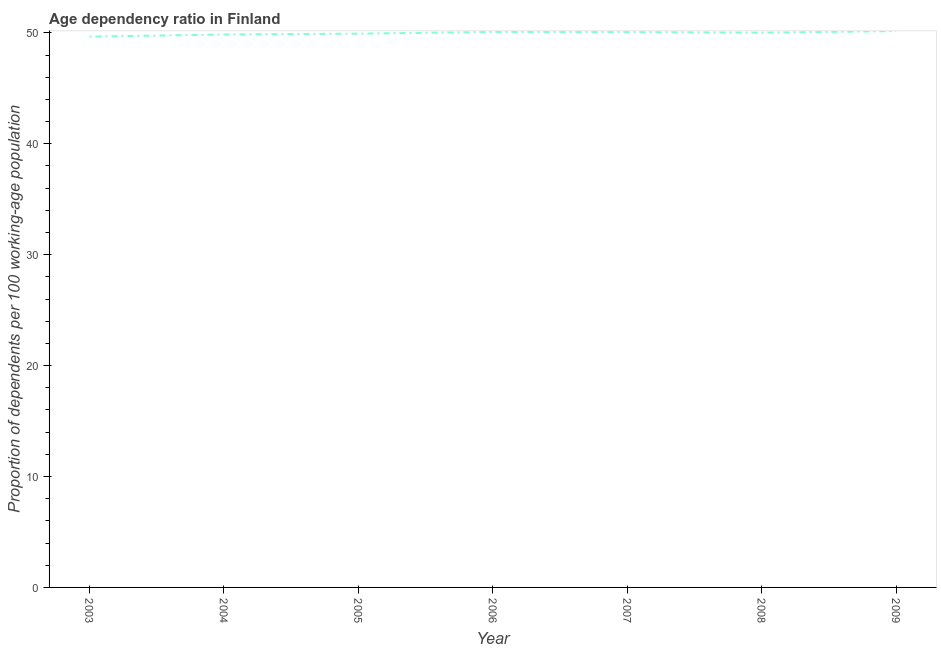
| Year | Age dependency ratio (% of working-age population) |
 | --- | --- |
 | 2003 | 49.7 |
 | 2004 | 49.9 |
 | 2005 | 49.9 |
 | 2006 | 50.1 |
 | 2007 | 50.1 |
 | 2008 | 50 |
 | 2009 | 50.2 |